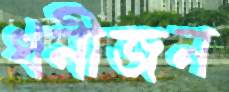
ধনীজন